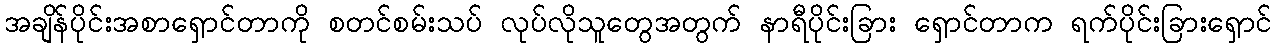
အချိန်ပိုင်းအစာရှောင်တာကို စတင်စမ်းသပ် လုပ်လိုသူတွေအတွက် နာရီပိုင်းခြား ရှောင်တာက ရက်ပိုင်းခြားရှောင်